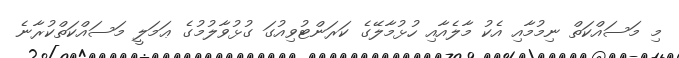
މި މަސައްކަތް ނިމުމާއި އެކު މާލެއާއި ހުޅުމާލޭގެ ކަރަންޓުވިއުގަ ގުޅުވާލުމުގެ ޢަމަލީ މަސައްކަތްކުރާނެ